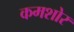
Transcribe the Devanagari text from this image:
कमशोर